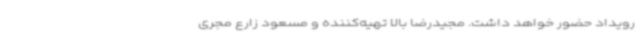
رویداد حضور خواهد داشت. مجیدرضا بالا تهیه‌کننده و مسعود زارع مجری